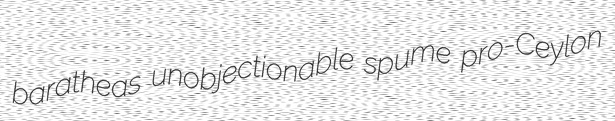
baratheas unobjectionable spume pro-Ceylon